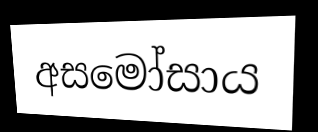
අසමෝසාය